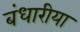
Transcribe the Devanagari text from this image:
बंधारीया